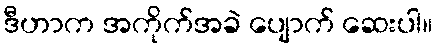
ဒီဟာက အကိုက်အခဲ ပျောက် ဆေးပါ။